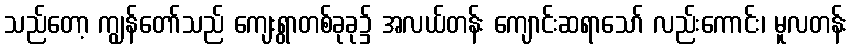
သည်တော့ ကျွန်တော်သည် ကျေးရွာတစ်ခုခု၌ အလယ်တန်း ကျောင်းဆရာသော် လည်းကောင်း၊ မူလတန်း